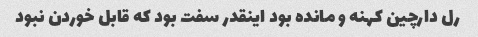
رل دارچین کهنه و مانده بود اینقدر سفت بود که قابل خوردن نبود